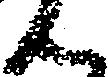
ん